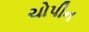
ચોપીન